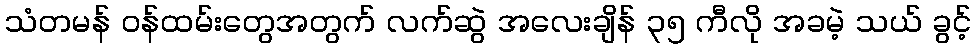
သံတမန် ဝန်ထမ်းတွေအတွက် လက်ဆွဲ အလေးချိန် ၃၅ ကီလို အခမဲ့ သယ် ခွင့်